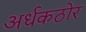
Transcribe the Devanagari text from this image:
अर्धकठोर